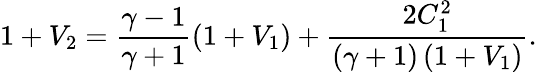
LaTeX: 1+V_{2}=\frac{\gamma-1}{\gamma+1}\left(1+V_{1}\right)+\frac{2C_{1}^{2}}{\left(\gamma+1\right)\left(1+V_{1}\right)}.